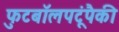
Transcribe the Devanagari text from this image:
फुटबॉलपटूंपैकी